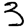
Digit: 3